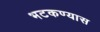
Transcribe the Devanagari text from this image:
भटकण्यास